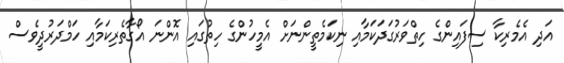
އަދި އެމެރިކާ ސިފައިންގެ ހިތްވަރުގަދަކަމާއި ނިކަމެތީންނަށް އެމީހުންގެ ހިތުގައި އޮންނަ އޯގާތެރިކަމާއި ހަމްދަރުދީވެސް